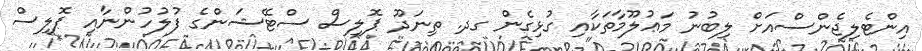
އިންޓެލިޖެންސްއަށް ލިބުނު މަޢުލޫމާތަކާއި ގުޅިގެން ގދ. ތިނަދޫ ޕޮލިސް ސްޓޭޝަންގެ ފުލުހުންނާއި ޕޮލިސް